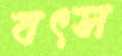
বৎস